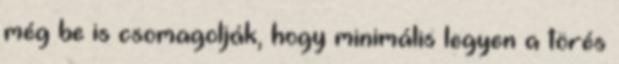
még be is csomagolják, hogy minimális legyen a törés